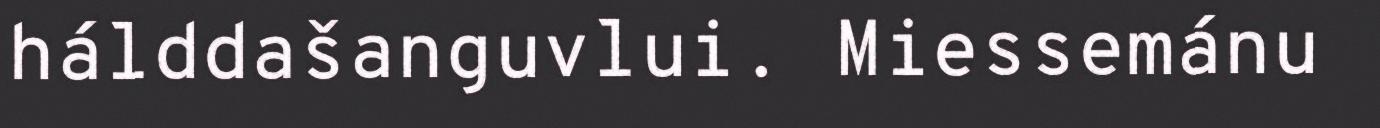
hálddašanguvlui. Miessemánu